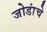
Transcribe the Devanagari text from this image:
जोडांचे